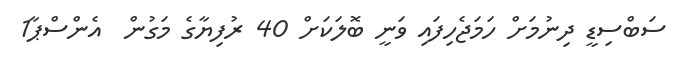
ސަބްސިޑީ ދިނުމަށް ހަމަޖެހިފައި ވަނީ ބޮލަކަށް 40 ރުފިޔާގެ މަގުން  އެންސްޕާ1